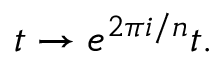
t \rightarrow e ^ { 2 \pi i / n } t .